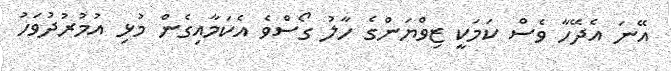
އޭނަ އެދޭހާ ވެސް ކަމަކީ ޒިވްޔަންގެ ހާލު ގޯސްވެ އެކަމާއިގެން މުޅި އުމުރުދުވަހު